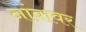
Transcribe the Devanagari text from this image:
नांवावर